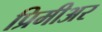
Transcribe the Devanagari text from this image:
प्रिमीअर